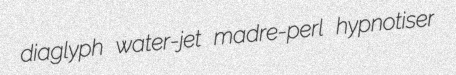
diaglyph water-jet madre-perl hypnotiser